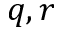
q , r